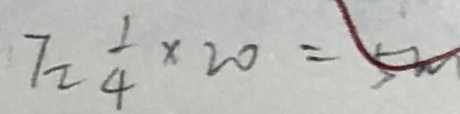
7 2 \frac { 1 } { 4 } \times 2 0 = 5 2 0